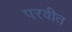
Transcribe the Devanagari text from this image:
परवीत